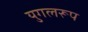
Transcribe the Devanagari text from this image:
युगलरूप